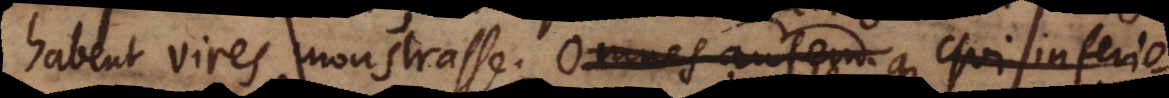
habent vires monstrasse. Omnes autem Qui inferio